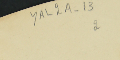
YAL2A-13 2